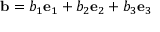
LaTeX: { \mathbf { b } } = b _ { 1 } { \mathbf { e } } _ { 1 } + b _ { 2 } { \mathbf { e } } _ { 2 } + b _ { 3 } { \mathbf { e } } _ { 3 }